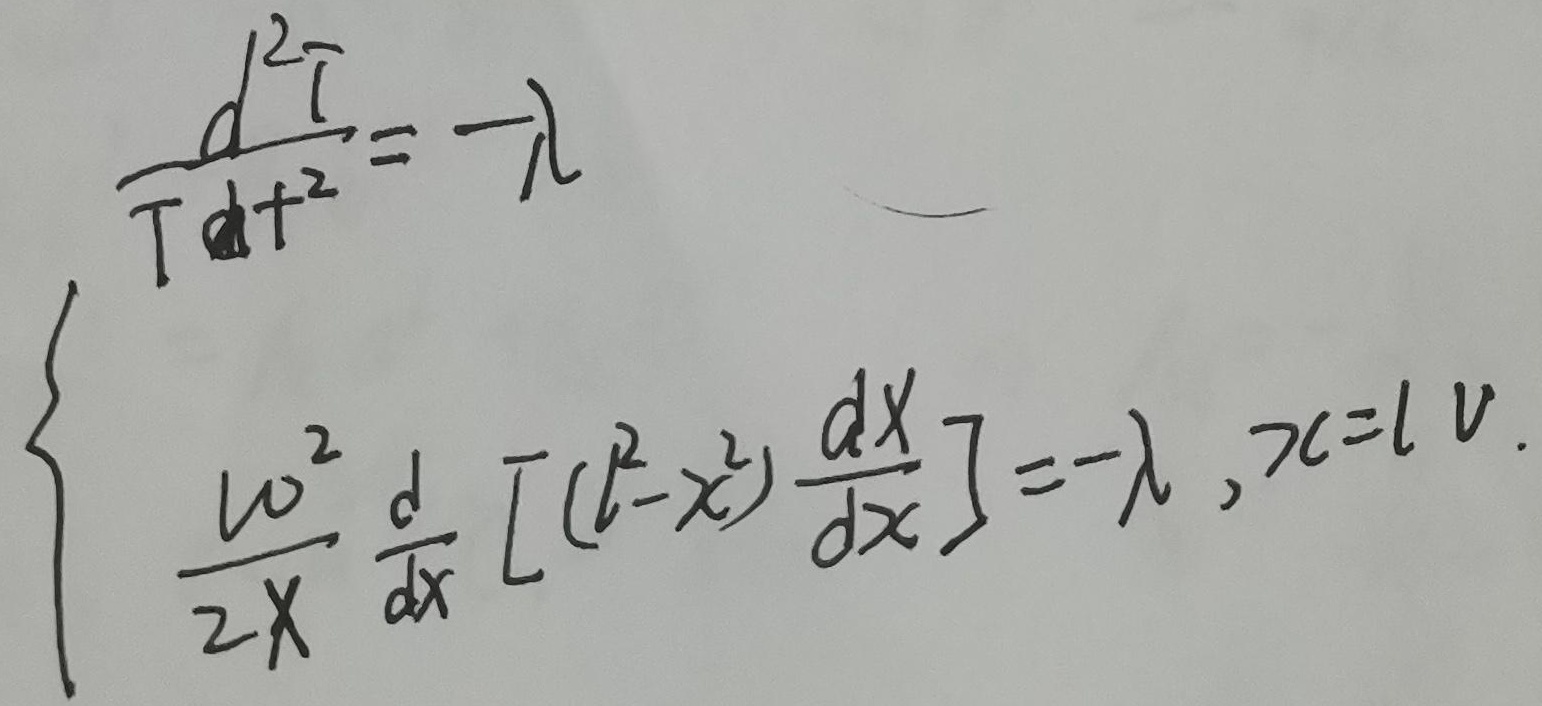
\[\begin{cases}
\frac{d^{2} \Gamma}{T dt^{2}} = -\lambda \\
\frac{\omega^{2}}{2x} \frac{d}{dx}\left[(l^{2}-x^{2})\frac{d\Gamma}{dx}\right]=-\lambda, \quad x = l v
\end{cases}\]